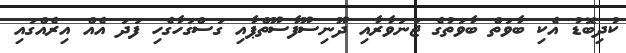
ކުދިބޮޑު އެކި ބާވަތް ބާވަތުގެ ޖަނަވާރާއި ދޫނިސޫފާސޫތްޕާއި ގަސްގަހާގެހި ފަދަ އެއް އިރެއްގައި